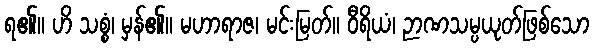
ရ၏။ ဟိ သစ္စံ၊ မှန်၏။ မဟာရာဇ၊ မင်းမြတ်။ ဝီရိယံ၊ ဉာဏသမ္ပယုတ်ဖြစ်သော